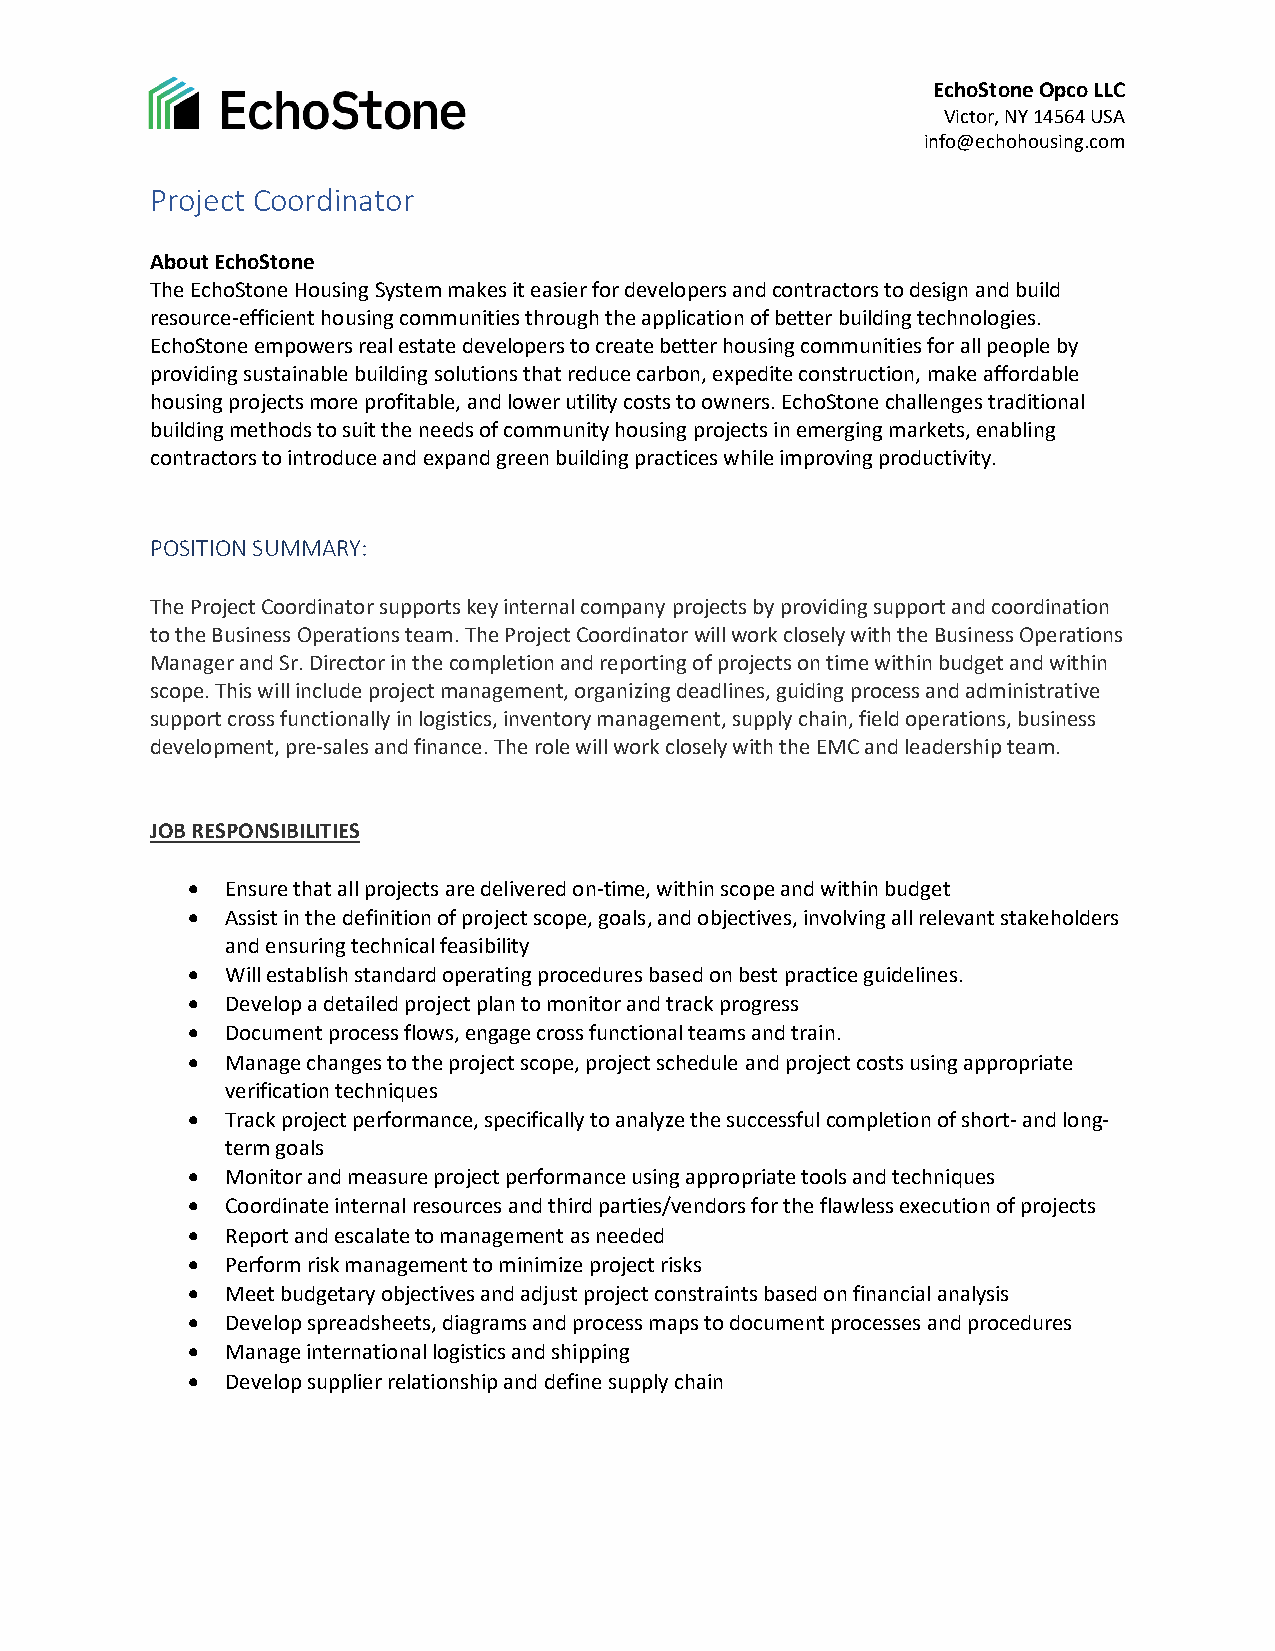
EchoStone Opco LLC
 Victor, NY 14564 USA
 info@echohousing.com
 Project Coordinator
 About EchoStone
 The EchoStone Housing System makes it easier for developers and contractors to design and build
 resource-efficient housing communities through the application of better building technologies.
 EchoStone empowers real estate developers to create better housing communities for all people by
 providing sustainable building solutions that reduce carbon, expedite construction, make affordable
 housing projects more profitable, and lower utility costs to owners. EchoStone challenges traditional
 building methods to suit the needs of community housing projects in emerging markets, enabling
 contractors to introduce and expand green building practices while improving productivity.
 POSITION SUMMARY:
 The Project Coordinator supports key internal company projects by providing support and coordination
 to the Business Operations team. The Project Coordinator will work closely with the Business Operations
 Manager and Sr. Director in the completion and reporting of projects on time within budget and within
 scope. This will include project management, organizing deadlines, guiding process and administrative
 support cross functionally in logistics, inventory management, supply chain, field operations, business
 development, pre-sales and finance. The role will work closely with the EMC and leadership team.
 JOB RESPONSIBILITIES
 •  Ensure that all projects are delivered on-time, within scope and within budget
 •  Assist in the definition of project scope, goals, and objectives, involving all relevant stakeholders
 and ensuring technical feasibility
 •  Will establish standard operating procedures based on best practice guidelines.
 •  Develop a detailed project plan to monitor and track progress
 •  Document process flows, engage cross functional teams and train.
 •  Manage changes to the project scope, project schedule and project costs using appropriate
 verification techniques
 •  Track project performance, specifically to analyze the successful completion of short- and long-
 term goals
 •  Monitor and measure project performance using appropriate tools and techniques
 •  Coordinate internal resources and third parties/vendors for the flawless execution of projects
 •  Report and escalate to management as needed
 •  Perform risk management to minimize project risks
 •  Meet budgetary objectives and adjust project constraints based on financial analysis
 •  Develop spreadsheets, diagrams and process maps to document processes and procedures
 •  Manage international logistics and shipping
 •  Develop supplier relationship and define supply chain